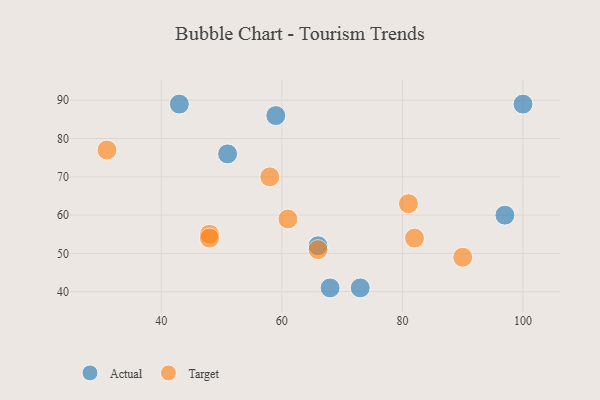
{"axis": {"x": "GDP", "y": "Life Expectancy"}, "legend": ["Actual", "Target"], "data": [{"x": "73", "y": 41, "type": "Actual"}, {"x": "43", "y": 89, "type": "Actual"}, {"x": "68", "y": 41, "type": "Actual"}, {"x": "97", "y": 60, "type": "Actual"}, {"x": "51", "y": 76, "type": "Actual"}, {"x": "66", "y": 52, "type": "Actual"}, {"x": "59", "y": 86, "type": "Actual"}, {"x": "100", "y": 89, "type": "Actual"}, {"x": "82", "y": 54, "type": "Target"}, {"x": "48", "y": 55, "type": "Target"}, {"x": "81", "y": 63, "type": "Target"}, {"x": "90", "y": 49, "type": "Target"}, {"x": "61", "y": 59, "type": "Target"}, {"x": "66", "y": 51, "type": "Target"}, {"x": "31", "y": 77, "type": "Target"}, {"x": "48", "y": 54, "type": "Target"}, {"x": "58", "y": 70, "type": "Target"}]}